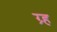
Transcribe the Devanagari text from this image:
ग्र्ह